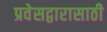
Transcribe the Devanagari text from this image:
प्रवेसद्वारासाठी